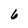
Character: 6